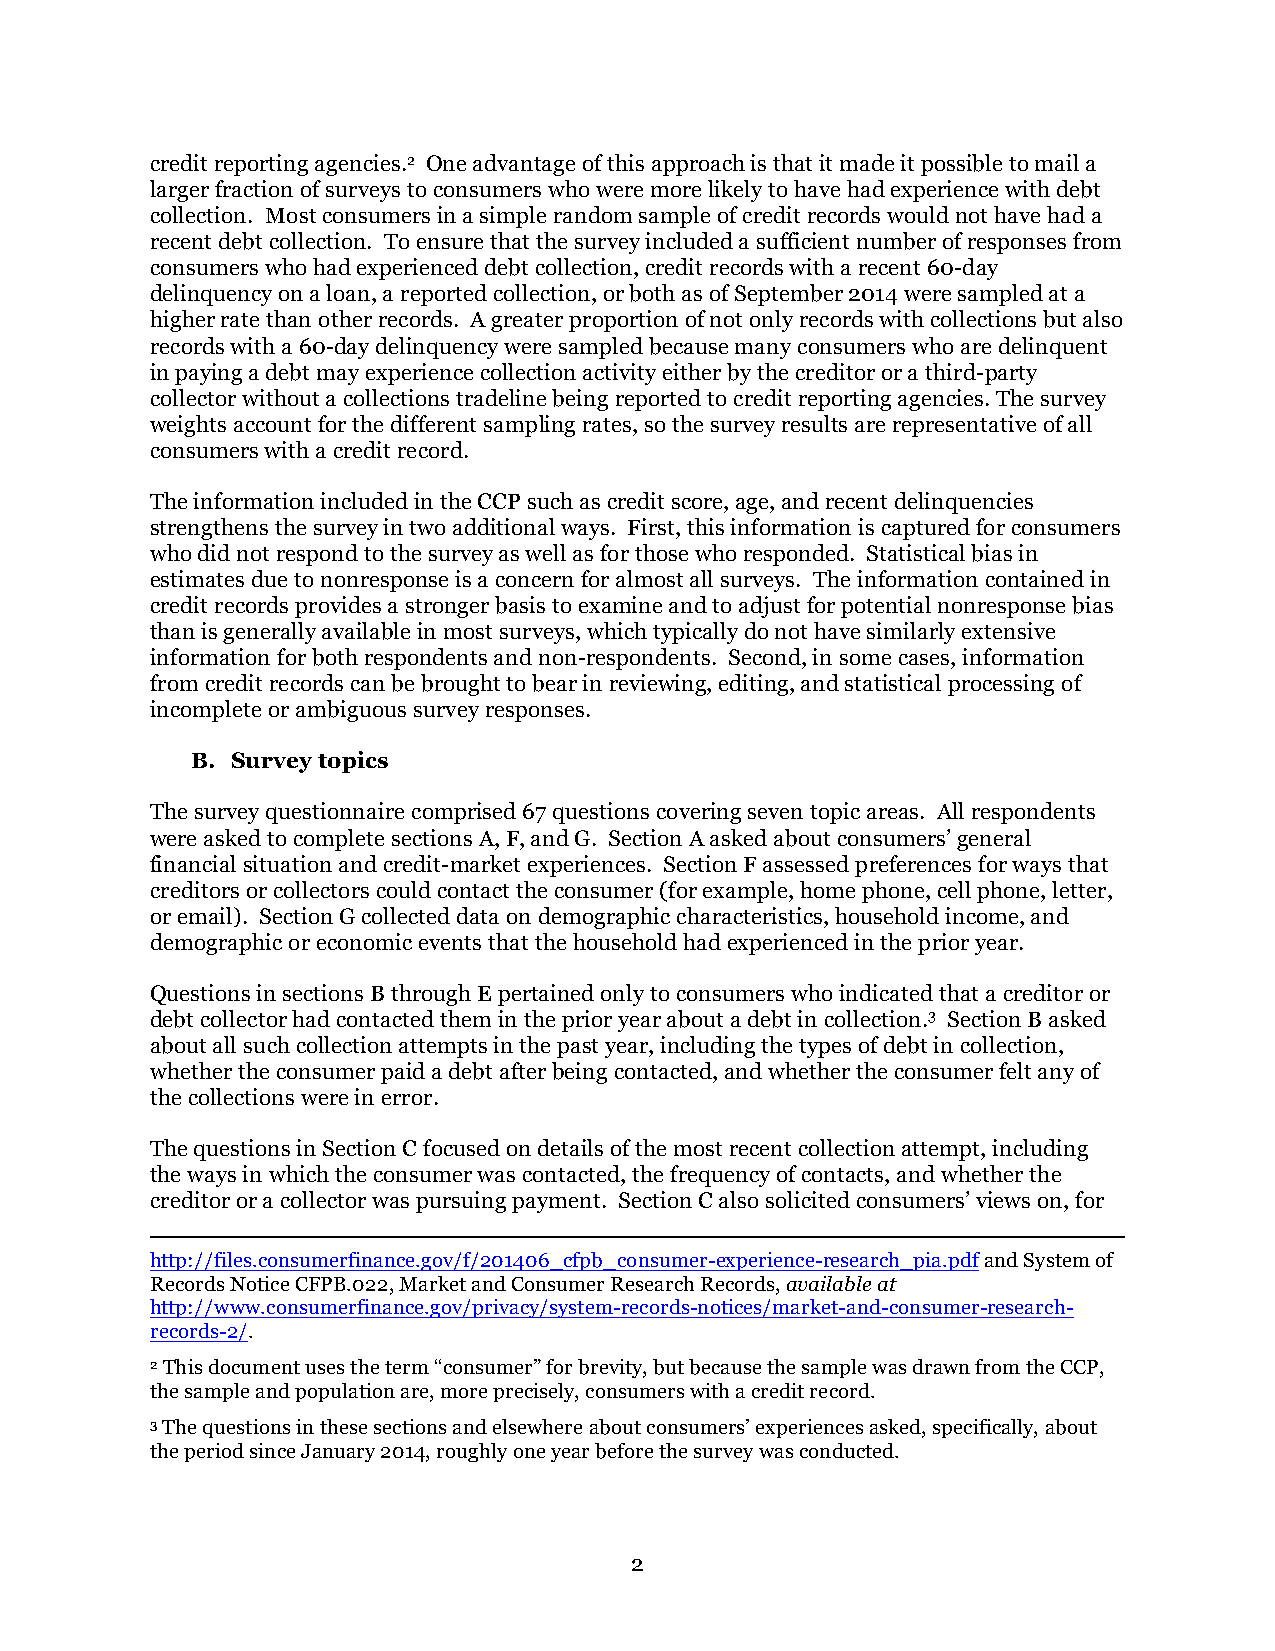
credit reporting agencies.2 One advantage of this approach is that it made it possible to mail a
 larger fraction of surveys to consumers who were more likely to have had experience with debt
 collection. Most consumers in a simple random sample of credit records would not have had a
 recent debt collection. To ensure that the survey included a sufficient number of responses from
 consumers who had experienced debt collection, credit records with a recent 60-day
 delinquency on a loan, a reported collection, or both as of September 2014 were sampled at a
 higher rate than other records. A greater proportion of not only records with collections but also
 records with a 60-day delinquency were sampled because many consumers who are delinquent
 in paying a debt may experience collection activity either by the creditor or a third-party
 collector without a collections tradeline being reported to credit reporting agencies. The survey
 weights account for the different sampling rates, so the survey results are representative of all
 consumers with a credit record.
 The information included in the CCP such as credit score, age, and recent delinquencies
 strengthens the survey in two additional ways. First, this information is captured for consumers
 who did not respond to the survey as well as for those who responded. Statistical bias in
 estimates due to nonresponse is a concern for almost all surveys. The information contained in
 credit records provides a stronger basis to examine and to adjust for potential nonresponse bias
 than is generally available in most surveys, which typically do not have similarly extensive
 information for both respondents and non-respondents. Second, in some cases, information
 from credit records can be brought to bear in reviewing, editing, and statistical processing of
 incomplete or ambiguous survey responses.
 B. Survey topics
 The survey questionnaire comprised 67 questions covering seven topic areas. All respondents
 were asked to complete sections A, F, and G. Section A asked about consumers’ general
 financial situation and credit-market experiences. Section F assessed preferences for ways that
 creditors or collectors could contact the consumer (for example, home phone, cell phone, letter,
 or email). Section G collected data on demographic characteristics, household income, and
 demographic or economic events that the household had experienced in the prior year.
 Questions in sections B through E pertained only to consumers who indicated that a creditor or
 debt collector had contacted them in the prior year about a debt in collection.3 Section B asked
 about all such collection attempts in the past year, including the types of debt in collection,
 whether the consumer paid a debt after being contacted, and whether the consumer felt any of
 the collections were in error.
 The questions in Section C focused on details of the most recent collection attempt, including
 the ways in which the consumer was contacted, the frequency of contacts, and whether the
 creditor or a collector was pursuing payment. Section C also solicited consumers’ views on, for
 http://files.consumerfinance.gov/f/201406_cfpb_consumer-experience-research_pia.pdf and System of
 Records Notice CFPB.022, Market and Consumer Research Records, available at
 http://www.consumerfinance.gov/privacy/system-records-notices/market-and-consumer-research-
 records-2/.
 2 This document uses the term “consumer” for brevity, but because the sample was drawn from the CCP,
 the sample and population are, more precisely, consumers with a credit record.
 3 The questions in these sections and elsewhere about consumers’ experiences asked, specifically, about
 the period since January 2014, roughly one year before the survey was conducted.
 2